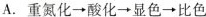
A.重氮化\rightarrow酸\rightarrow化显色\rightarrow比色